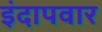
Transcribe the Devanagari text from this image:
इंदापवार